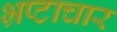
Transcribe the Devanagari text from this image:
भ्रप्टाचार